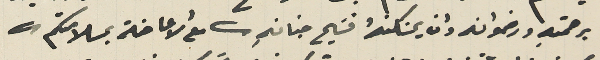
برحمتهِ ورضوانه وان يسَكنهٌ فسَيح جنانهِ ( مع الاعاضة بسلامتكم)